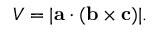
V = | \mathbf { a } \cdot ( \mathbf { b } \times \mathbf { c } ) | .